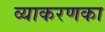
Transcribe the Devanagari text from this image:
व्याकरणका